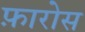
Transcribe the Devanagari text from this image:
फ़ारोस